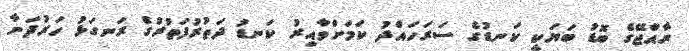
ރާއްޖޭގެ ބޮޑު ބަޔަކީ ކަނޑުގެ ސަރަހައްދު ކަމަށްވާއިރު ކަނޑު ދަތުރުފަތުރުގެ ރަނގަޅު ހަރުދަނާ